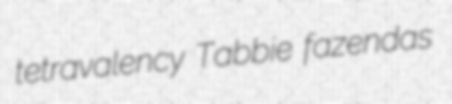
tetravalency Tabbie fazendas